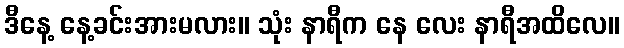
ဒီနေ့ နေ့ခင်းအားမလား။ သုံး နာရီက နေ လေး နာရီအထိလေ။